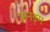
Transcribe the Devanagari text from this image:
अनङ्‌ग